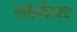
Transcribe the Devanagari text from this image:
ली।त्रिजट